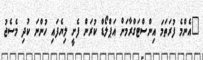
"އެންމެ ފުރަތަމަ އިންސްޓަގްރާމަށް އަޕްލޯޑް ކުރަން ފެށީ ލިޔެފައި ހުންނަ ކުދި މެސެޖު